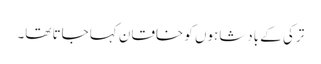
ترکی کے بادشاہوں کو خاقان کہا جاتا تھا۔